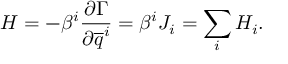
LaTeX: H = - \beta ^ { i } \frac { \partial \Gamma } { \partial \overline { { q } } ^ { i } } = \beta ^ { i } J _ { i } = \sum _ { i } H _ { i } .